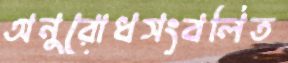
অনুরোধসংবলিত